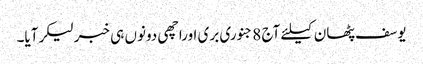
یوسف پٹھان کیلئے آج 8جنوری بری اوراچھی دونوں ہی خبرلیکرآیا۔